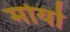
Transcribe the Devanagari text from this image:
मोर्या